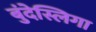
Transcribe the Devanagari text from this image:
बुंदेस्लिगा